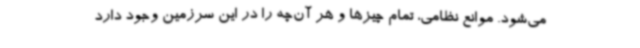
می‌شود. موانع نظامی، تمام چیزها و هر آن‌چه را در این سرزمین وجود دارد